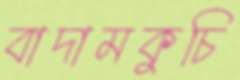
বাদামকুচি